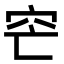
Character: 𥤩